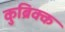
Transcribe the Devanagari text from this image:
कुब्रिक्क